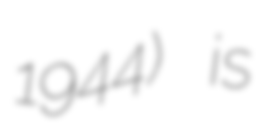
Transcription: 1944) is